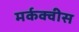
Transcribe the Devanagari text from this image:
मर्कक्वीस